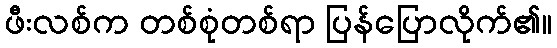
ဖီးလစ်က တစ်စုံတစ်ရာ ပြန်ပြောလိုက်၏။